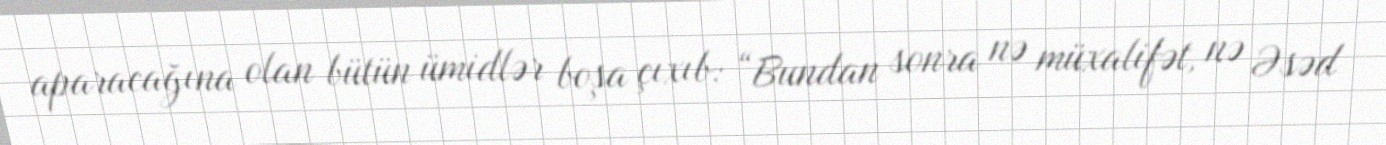
aparacağına olan bütün ümidlər boşa çıxıb: “Bundan sonra nə müxalifət, nə Əsəd